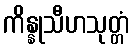
ကိန္နုသီဟသုတ္တံ